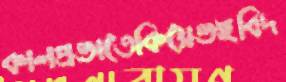
কালপ্রভাতেকিয়েভইবিদ